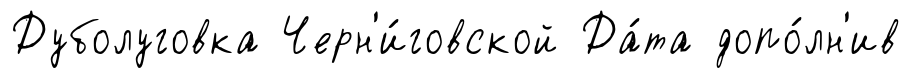
Дуболуговка Черн'и́говской Да́та допо́лн'ив